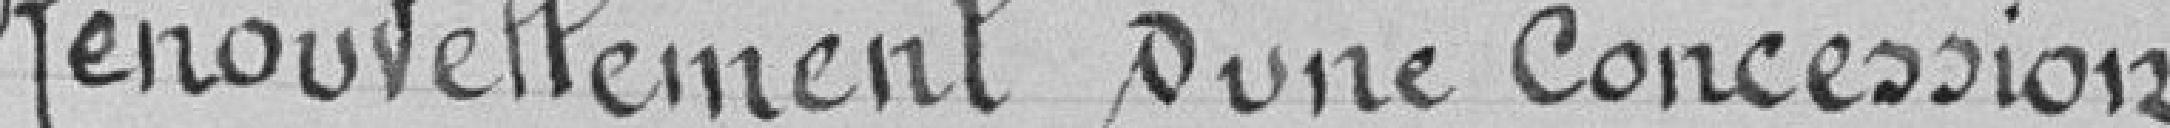
Renouvellement d'une concession